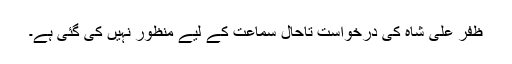
ظفر علی شاہ کی درخواست تاحال سماعت کے لیے منظور نہیں کی گئی ہے۔